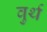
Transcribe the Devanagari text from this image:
वुर्थ